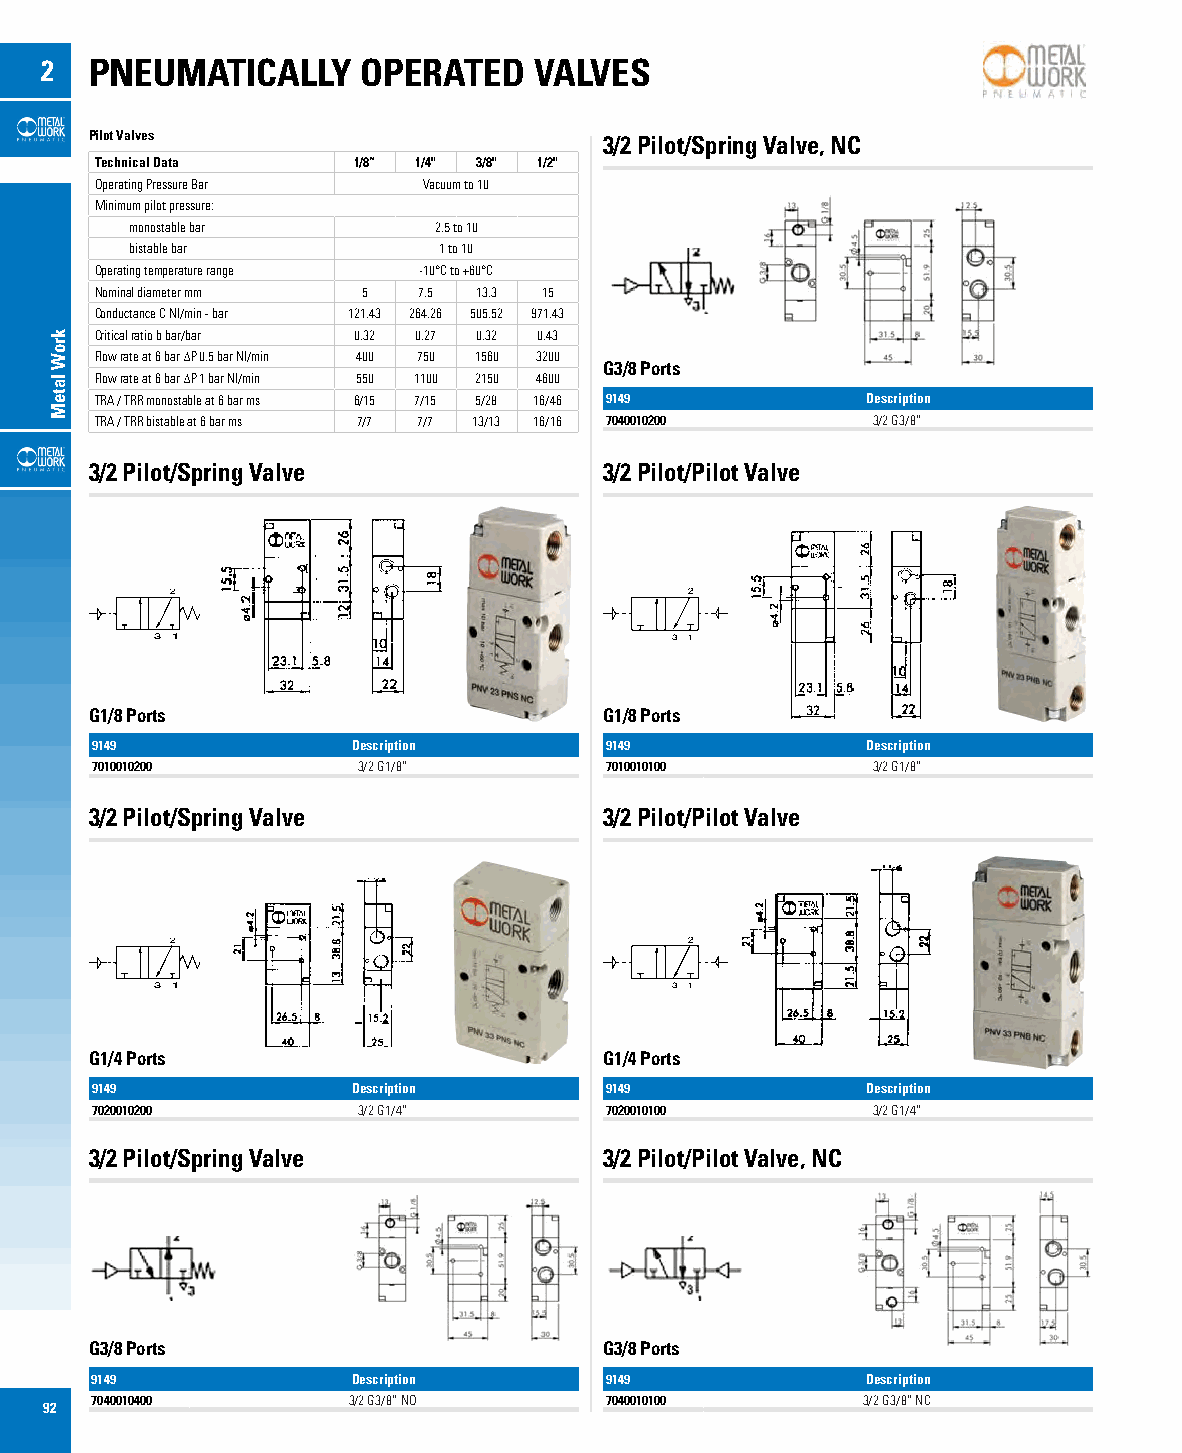
2  PNEUMATICALLY     OPERATED   VALVES
 Pilot Valves                      3/2 Pilot/Spring Valve, NC
 Technical Data   1/8” 1/4" 3/8" 1/2"
 Operating Pressure Bar Vacuum to 10
 Minimum pilot pressure:
 monostable bar      2.5 to 10
 bistable bar        1 to 10
 Operating temperature range -10°C to +60°C
 Nominal diameter mm 5 7.5 13.3 15
 Conductance C Nl/min - bar 121.43 264.26 505.52 971.43
 Critical ratio b bar/bar 0.32 0.27 0.32 0.43
 Flow rate at 6 bar ∆P 0.5 bar Nl/min 400 750 1560 3200
 G3/8 Ports
 Flow rate at 6 bar ∆P 1 bar Nl/min 550 1100 2150 4600
 TRA / TRR monostable at 6 bar ms 6/15 7/15 5/28 16/46 9149 Description
 TRA / TRR bistable at 6 bar ms 7/7 7/7 13/13 16/16 7040010200 3/2 G3/8”
 3/2 Pilot/Spring Valve            3/2 Pilot/Pilot Valve
 2                                  2
 3 1                               3 1
 G1/8 Ports                        G1/8 Ports
 9149             Description      9149             Description
 7010010200        3/2 G1/8”       7010010100        3/2 G1/8”
 3/2 Pilot/Spring Valve            3/2 Pilot/Pilot Valve
 2                                  2
 3 1                               3 1
 G1/4 Ports                        G1/4 Ports
 9149             Description      9149             Description
 7020010200        3/2 G1/4”       7020010100        3/2 G1/4”
 3/2 Pilot/Spring Valve            3/2 Pilot/Pilot Valve, NC
 G3/8 Ports                        G3/8 Ports
 9149             Description      9149             Description
 7040010400       3/2 G3/8” NO     7040010100       3/2 G3/8” NC
 92
 kroW
 lateM